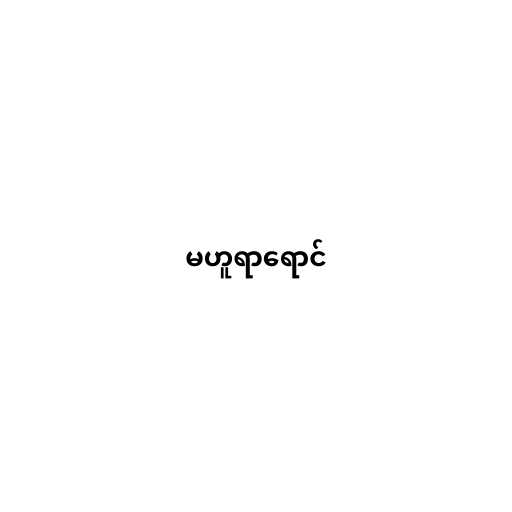
မဟူရာရောင်